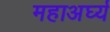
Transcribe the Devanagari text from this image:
महाअर्घ्य